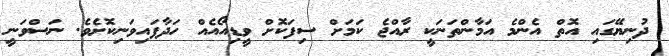
ދުނިޔޭގައި އޮތް އެންމެ އަމާންތަނަކީ ރާއްޖެ ކަމަށް ސިފަކޮށް ވީޑިއޯއެއް ހަދާފައިވަނިކޮށެވެ. ނަސްވަނީ